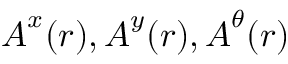
\boldsymbol { A } ^ { x } ( \boldsymbol { r } ) , \boldsymbol { A } ^ { y } ( \boldsymbol { r } ) , \boldsymbol { A } ^ { \theta } ( \boldsymbol { r } )